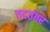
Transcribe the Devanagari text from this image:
तदतंतर